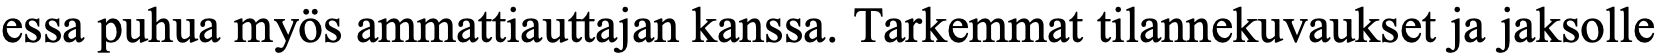
essa puhua myös ammattiauttajan kanssa. Tarkemmat tilannekuvaukset ja jaksolle